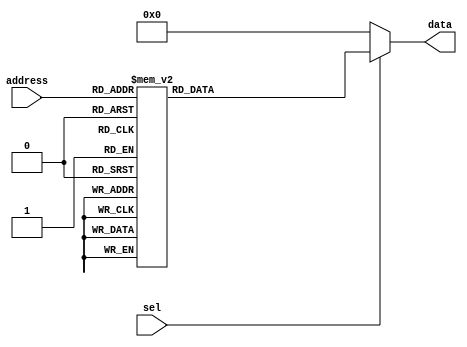
module rom3to8(
    input [2:0] address,
    input sel,
    output reg [7:0] data
);

always @(sel or address) begin
    if (~sel) begin
        data = 8'd0;
    end
    else begin
        case(address)
            3'b000: data = 8'd01;
            3'b001: data = 8'd02;
            3'b010: data = 8'd03;
            3'b011: data = 8'd04;
            3'b100: data = 8'd05;
            3'b101: data = 8'd06;
            3'b110: data = 8'd07;
            3'b111: data = 8'd08;
            default: data = 8'd0;
        endcase
    end
end

endmodule